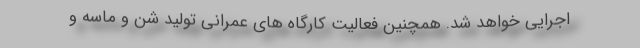
اجرایی خواهد شد. همچنین فعالیت کارگاه های عمرانی تولید شن و ماسه و